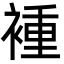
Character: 褈